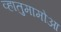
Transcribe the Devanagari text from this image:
व्हातुमामोआ